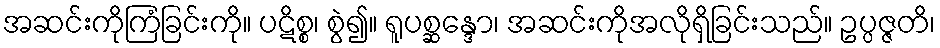
အဆင်းကိုကြံခြင်းကို။ ပဋိစ္စ၊ စွဲ၍။ ရူပစ္ဆန္ဒော၊ အဆင်းကိုအလိုရှိခြင်းသည်။ ဥပ္ပဇ္ဇတိ၊